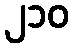
၂၁၀